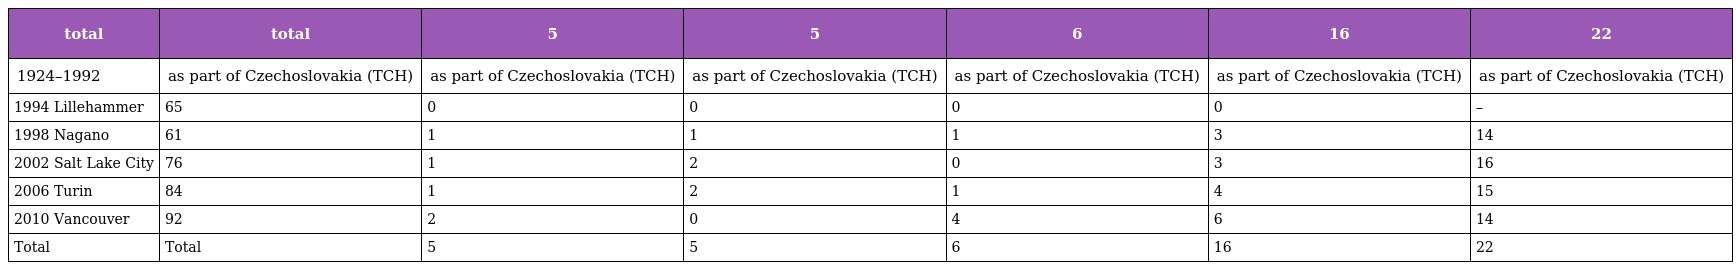
| total | total | 5 | 5 | 6 | 16 | 22 |
 | --- | --- | --- | --- | --- | --- | --- |
 | 1924–1992 | as part of Czechoslovakia (TCH) | as part of Czechoslovakia (TCH) | as part of Czechoslovakia (TCH) | as part of Czechoslovakia (TCH) | as part of Czechoslovakia (TCH) | as part of Czechoslovakia (TCH) |
 | 1994 Lillehammer | 65 | 0 | 0 | 0 | 0 | – |
 | 1998 Nagano | 61 | 1 | 1 | 1 | 3 | 14 |
 | 2002 Salt Lake City | 76 | 1 | 2 | 0 | 3 | 16 |
 | 2006 Turin | 84 | 1 | 2 | 1 | 4 | 15 |
 | 2010 Vancouver | 92 | 2 | 0 | 4 | 6 | 14 |
 | Total | Total | 5 | 5 | 6 | 16 | 22 |